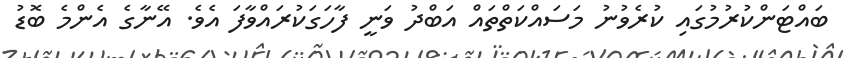
ބައްޓަންކުރުމުގައި ކުރެވުނު މަަސައްކަތްތައް އަބްދު ވަނީ ފާހަގަކުރައްވާފަ އެެވެ. އޭނާގެ އެންމެ ބޮޑު